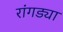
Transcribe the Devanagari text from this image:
रांगड्या